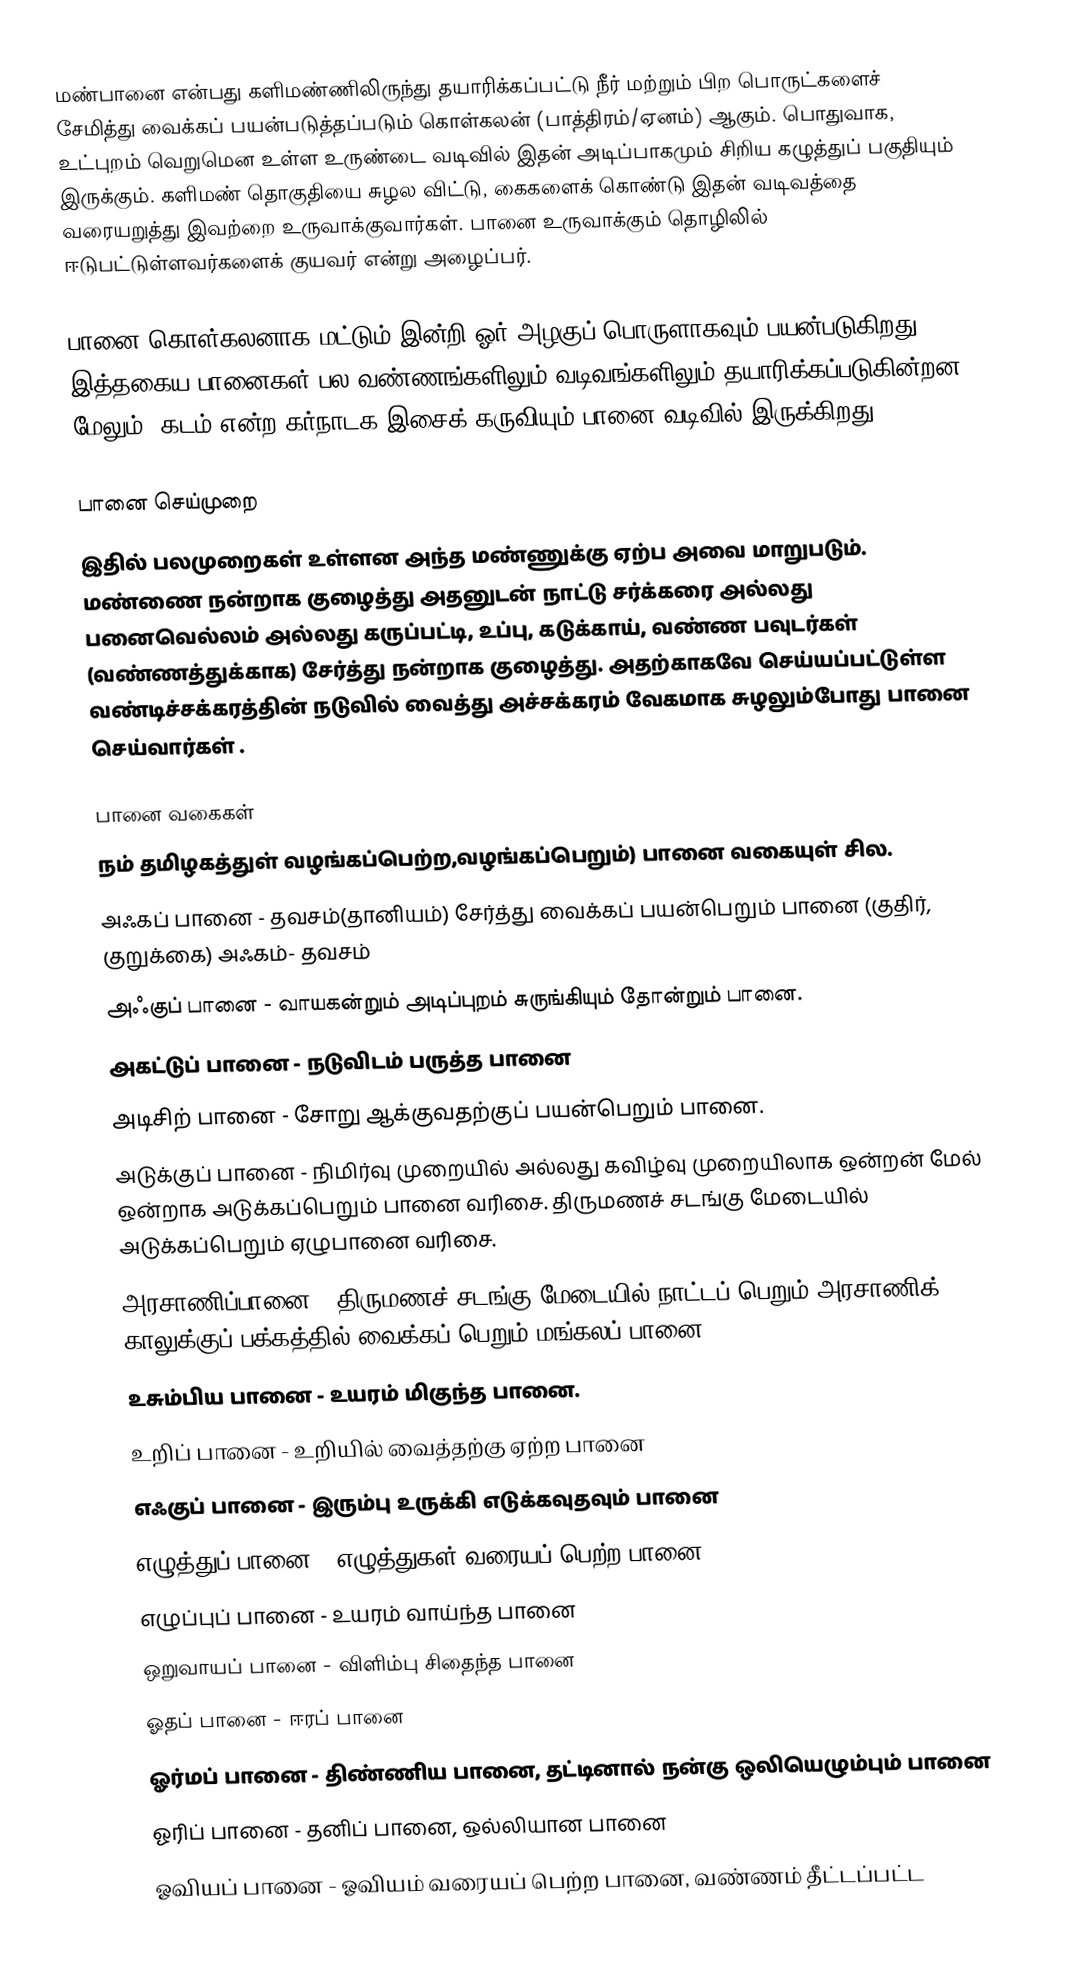
மண்பானை என்பது களிமண்ணிலிருந்து தயாரிக்கப்பட்டு நீர் மற்றும் பிற பொருட்களைச் சேமித்து வைக்கப் பயன்படுத்தப்படும் கொள்கலன் (பாத்திரம்/ஏனம்) ஆகும். பொதுவாக, உட்புறம் வெறுமென உள்ள உருண்டை வடிவில் இதன் அடிப்பாகமும் சிறிய கழுத்துப் பகுதியும் இருக்கும். களிமண் தொகுதியை சுழல விட்டு, கைகளைக் கொண்டு இதன் வடிவத்தை வரையறுத்து இவற்றை உருவாக்குவார்கள். பானை உருவாக்கும் தொழிலில் ஈடுபட்டுள்ளவர்களைக் குயவர் என்று அழைப்பர்.

பானை கொள்கலனாக மட்டும் இன்றி ஓர் அழகுப் பொருளாகவும் பயன்படுகிறது. இத்தகைய பானைகள் பல வண்ணங்களிலும் வடிவங்களிலும் தயாரிக்கப்படுகின்றன. மேலும், கடம் என்ற கர்நாடக இசைக் கருவியும் பானை வடிவில் இருக்கிறது.

பானை செய்முறை
இதில் பலமுறைகள் உள்ளன அந்த மண்ணுக்கு ஏற்ப அவை மாறுபடும். மண்ணை நன்றாக குழைத்து அதனுடன் நாட்டு சர்க்கரை அல்லது பனைவெல்லம் அல்லது  கருப்பட்டி, உப்பு, கடுக்காய், வண்ண பவுடர்கள் (வண்ணத்துக்காக) சேர்த்து நன்றாக குழைத்து. அதற்காகவே செய்யப்பட்டுள்ள வண்டிச்சக்கரத்தின் நடுவில் வைத்து அச்சக்கரம் வேகமாக சுழலும்போது பானை செய்வார்கள் .

பானை வகைகள்
நம் தமிழகத்துள் வழங்கப்பெற்ற,வழங்கப்பெறும்) பானை வகையுள் சில.
 அஃகப் பானை - தவசம்(தானியம்) சேர்த்து வைக்கப் பயன்பெறும் பானை (குதிர், குறுக்கை) அஃகம்- தவசம்
 அஃகுப் பானை - வாயகன்றும் அடிப்புறம் சுருங்கியும் தோன்றும் பானை.
 அகட்டுப் பானை - நடுவிடம் பருத்த பானை
 அடிசிற் பானை - சோறு ஆக்குவதற்குப் பயன்பெறும் பானை.
 அடுக்குப் பானை - நிமிர்வு முறையில் அல்லது கவிழ்வு முறையிலாக ஒன்றன் மேல் ஒன்றாக அடுக்கப்பெறும் பானை வரிசை. திருமணச் சடங்கு மேடையில் அடுக்கப்பெறும் ஏழுபானை வரிசை.
 அரசாணிப்பானை - திருமணச் சடங்கு மேடையில் நாட்டப் பெறும் அரசாணிக் காலுக்குப் பக்கத்தில் வைக்கப் பெறும் மங்கலப் பானை.
 உசும்பிய பானை - உயரம் மிகுந்த பானை.
 உறிப் பானை - உறியில் வைத்தற்கு ஏற்ற பானை
 எஃகுப் பானை - இரும்பு உருக்கி எடுக்கவுதவும் பானை
 எழுத்துப் பானை - எழுத்துகள் வரையப் பெற்ற பானை
 எழுப்புப் பானை - உயரம் வாய்ந்த பானை
 ஒறுவாயப் பானை - விளிம்பு சிதைந்த பானை
 ஓதப் பானை - ஈரப் பானை
 ஓர்மப் பானை - திண்ணிய பானை, தட்டினால் நன்கு ஒலியெழும்பும் பானை
 ஓரிப் பானை - தனிப் பானை, ஒல்லியான பானை
 ஓவியப் பானை - ஓவியம் வரையப் பெற்ற பானை, வண்ணம் தீட்டப்பட்ட